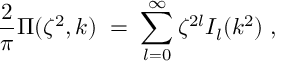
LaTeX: { \frac { 2 } { \pi } } \Pi ( \zeta ^ { 2 } , k ) \; = \; \sum _ { l = 0 } ^ { \infty } \zeta ^ { 2 l } I _ { l } ( k ^ { 2 } ) \; ,